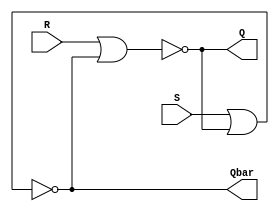
module SRLatch_Highio(Q,Qbar,S,R);
  input S,R;
  output Q,Qbar;
  
  nor n1(Q,R,Qbar);
  nor n2(Qbar,S,Q);
  
endmodule